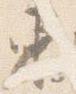
東